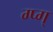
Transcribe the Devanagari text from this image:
ग्प्ग्